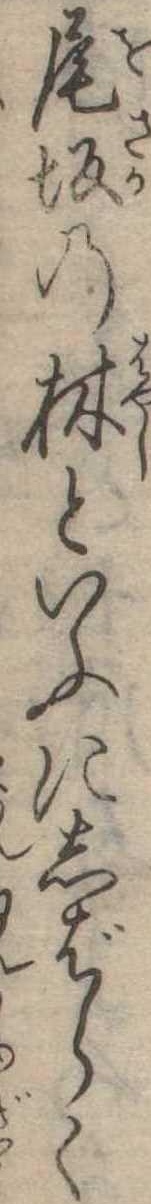
尾坂の林といふにしばらく